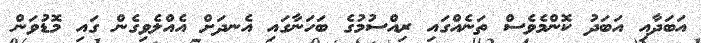
އަބަދާއި އަބަދު ކޮންމެވެސް ތަނެއްގައި ރިއްސުމުގެ ބަހަނާގައި އެނދަށް އެއްލެވިގެން ގައި މޮޑުވަން